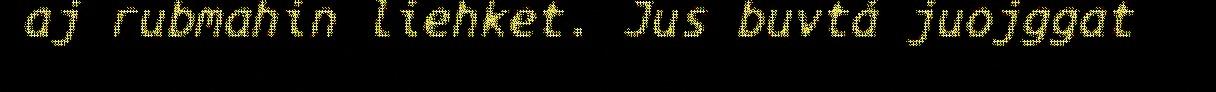
aj rubmahin liehket. Jus buvtá juojggat